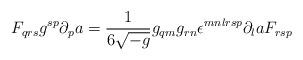
LaTeX: \begin{align*}F_{qrs} g^{sp} \partial_p a = {1 \over 6 \sqrt{-g}} g_{qm} g_{rn}\epsilon^{mnlrsp} \partial_l a F_{rsp}\end{align*}